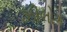
ઝીલોગ